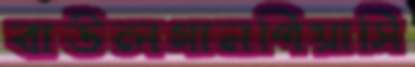
বাউলগানপিয়াসি